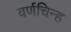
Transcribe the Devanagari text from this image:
वर्णचिन्ह